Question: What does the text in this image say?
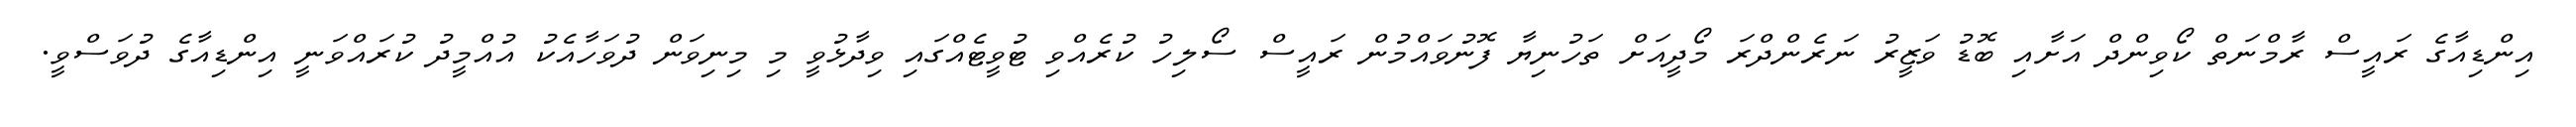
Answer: އިންޑިއާގެ ރައީސް ރާމްނަތް ކޯވިންދް އަށާއި ބޮޑު ވަޒީރު ނަރެންދްރަ މޯދީއަށް ތަހުނިޔާ ފޮނުވައްމުން ރައީސް ސޯލިހު ކުރެއްވި ޓުވީޓެއްގައި ވިދާޅުވީ މި މިނިވަން ދުވަހާއެކު އުއްމީދު ކުރައްވަނީ އިންޑިއާގެ ދުވަސްވީ.